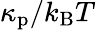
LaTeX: \kappa_{\mathrm{p}}/k_{\mathrm{B}}T